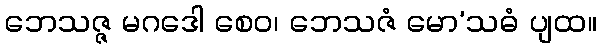
ဘေသဇ္ဇ မဂဒေါ စေဝ၊ ဘေသဇံ မော’သဓံ ပျထ။